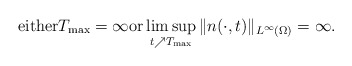
\begin{align*}\mbox{either}T_{\rm max}=\infty\mbox{or}\limsup_{t\nearrow T_{\rm max}}\|n(\cdot,t)\|_{L^{\infty}(\Omega)}=\infty.\end{align*}